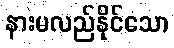
နားမလည်နိုင်သော